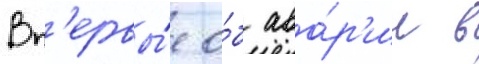
Вп'ервы́е о́б ава́р'ии в